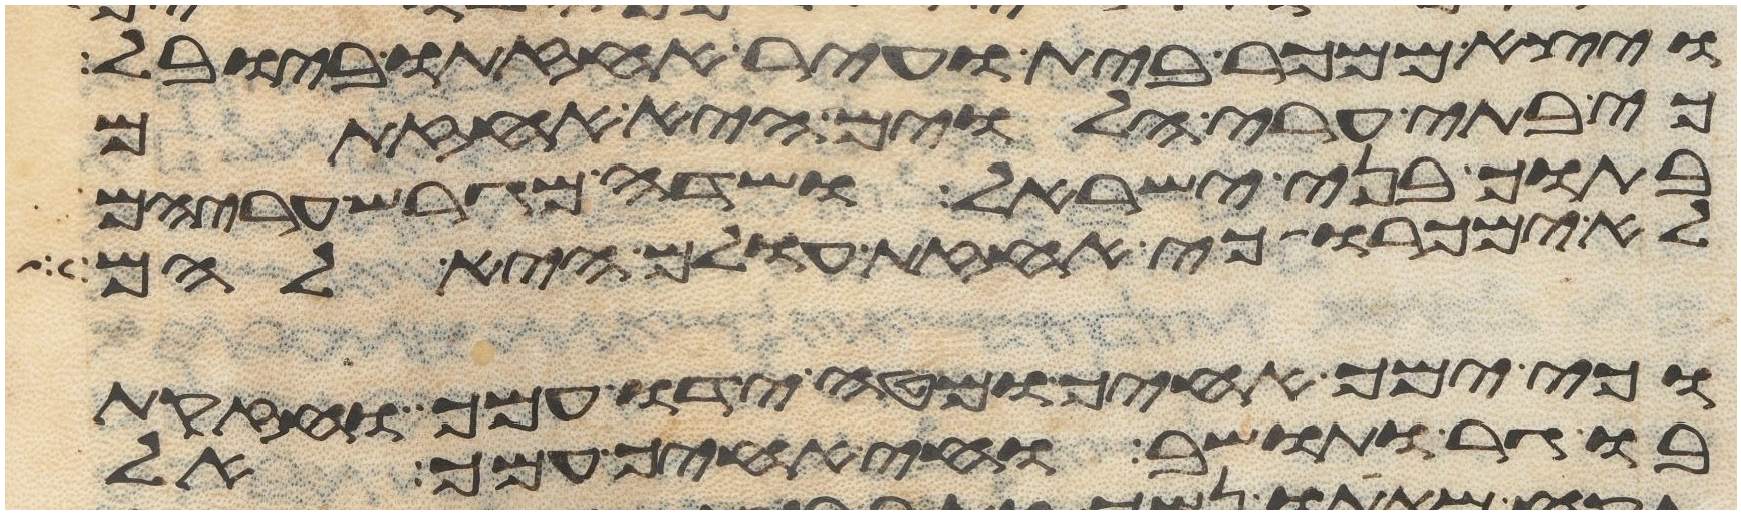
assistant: ויצא ממכר בית ועיר אחזתו ביובל
כי בתי ערי הלוים היא אחזתם
בתוך בני ישראל ושדה מגרש עריהם
לא ימכרו כי אחזת עולם היא להם
וכי ימך אחיך ומטה ידו עמך וחזקת
בו גר ותושב וחי אחיך עמך אל